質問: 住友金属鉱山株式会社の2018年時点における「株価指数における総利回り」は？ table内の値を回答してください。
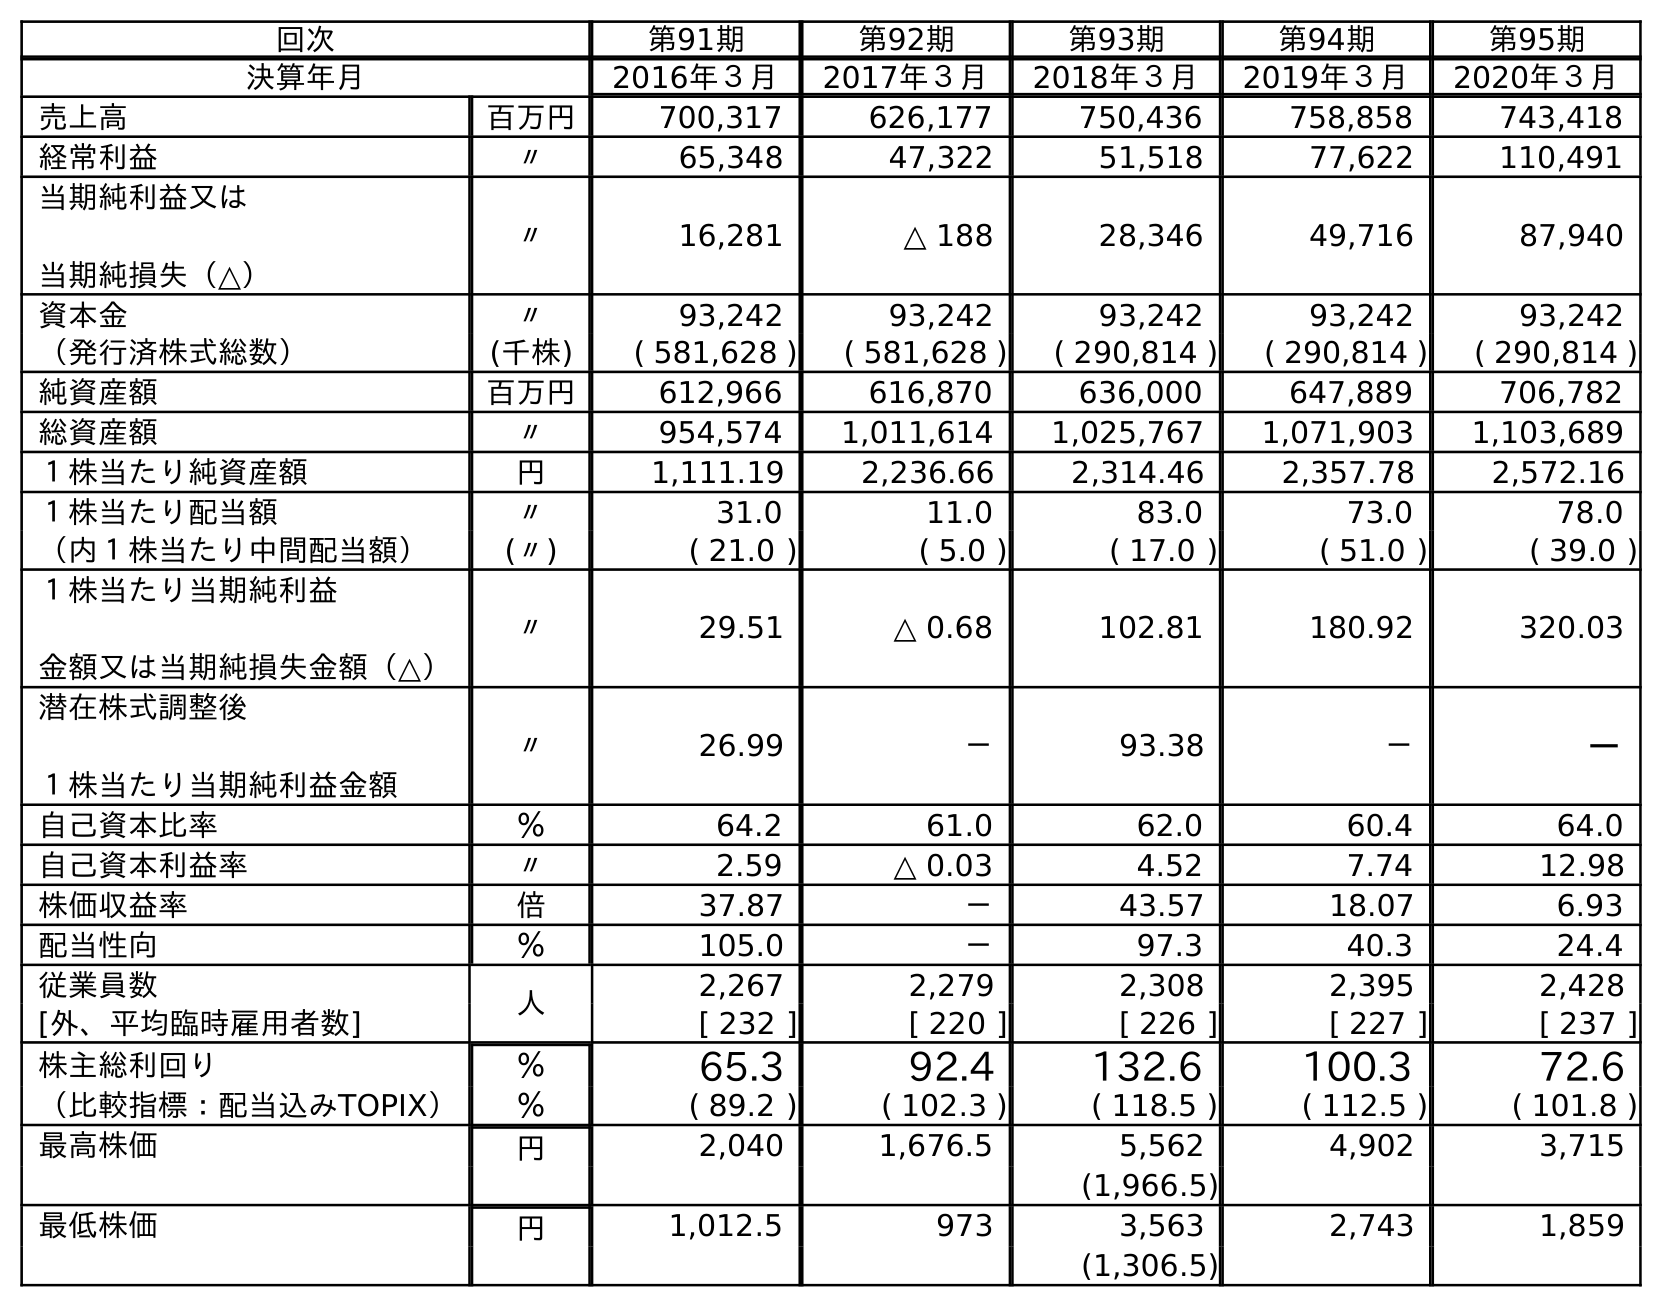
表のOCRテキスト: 回次 第91期 第92期 第93期 第94期 第95期 決算年月 2016年３月 2017年３月 2018年３月 2019年３月 2020年３月 売上高 百万円 700,317 626,177 750,436 758,858 743,418 経常利益 〃 65,348 47,322 51,518 77,622 110,491 当期純利益又は 当期純損失（△） 〃 16,281 △ 188 28,346 49,716 87,940 資本金 〃 93,242 93,242 93,242 93,242 93,242 （発行済株式総数） (千株) ( 581,628 ) ( 581,628 ) ( 290,814 ) ( 290,814 ) ( 290,814 ) 純資産額 百万円 612,966 616,870 636,000 647,889 706,782 総資産額 〃 954,574 1,011,614 1,025,767 1,071,903 1,103,689 １株当たり純資産額 円 1,111.19 2,236.66 2,314.46 2,357.78 2,572.16 １株当たり配当額 〃 31.0 11.0 83.0 73.0 78.0 （内１株当たり中間配当額） (〃) ( 21.0 ) ( 5.0 ) ( 17.0 ) ( 51.0 ) ( 39.0 ) １株当たり当期純利益 金額又は当期純損失金額（△） 〃 29.51 △ 0.68 102.81 180.92 320.03 潜在株式調整後 １株当たり当期純利益金額 〃 26.99 － 93.38 － － 自己資本比率 ％ 64.2 61.0 62.0 60.4 64.0 自己資本利益率 〃 2.59 △ 0.03 4.52 7.74 12.98 株価収益率 倍 37.87 － 43.57 18.07 6.93 配当性向 ％ 105.0 － 97.3 40.3 24.4 従業員数 人 2,267 2,279 2,308 2,395 2,428 [外、平均臨時雇用者数] [ 232 ] [ 220 ] [ 226 ] [ 227 ] [ 237 ] 株主総利回り ％ 65.3 92.4 132.6 100.3 72.6 （比較指標：配当込みTOPIX） ％ ( 89.2 ) ( 102.3 ) ( 118.5 ) ( 112.5 ) ( 101.8 ) 最高株価 円 2,040 1,676.5 5,562 4,902 3,715 (1,966.5) 最低株価 円 1,012.5 973 3,563 2,743 1,859 (1,306.5)
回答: (118.5)